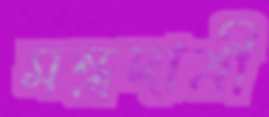
মন্ত্রদাত্রী